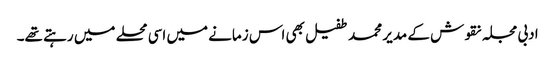
ادبی مجلہ نقوش کے مدیر محمد طفیل بھی اس زمانے میں اسی محلے میں رہتے تھے۔